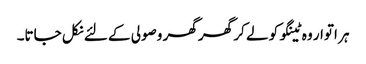
ہر اتوار وہ ٹینگو کو لے کر گھر گھر وصولی کے لئے نکل جاتا۔